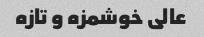
عالی خوشمزه و تازه